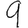
Digit: 9